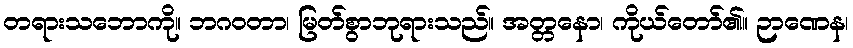
တရားသဘောကို။ ဘဂဝတာ၊ မြတ်စွာဘုရားသည်။ အတ္တနော၊ ကိုယ်တော်၏။ ဉာဏေန၊